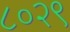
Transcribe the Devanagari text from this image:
८०२९